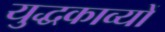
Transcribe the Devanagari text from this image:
युद्धकाव्यों